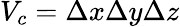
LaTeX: V_{c}=\Delta x\Delta y\Delta z